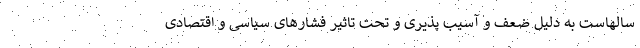
سالهاست به دلیل ضعف و آسیب پذیری و تحت تاثیر فشارهای سیاسی و اقتصادی